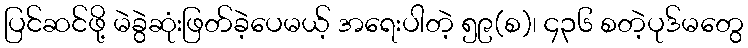
ပြင်ဆင်ဖို့ မဲခွဲဆုံးဖြတ်ခဲ့ပေမယ့် အရေးပါတဲ့ ၅၉(စ)၊ ၄၃၆ စတဲ့ပုဒ်မတွေ